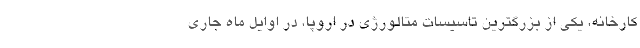
کارخانه، یکی از بزرگترین تاسیسات متالورژی در اروپا، در اوایل ماه جاری